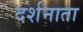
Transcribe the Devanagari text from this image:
दर्शनाता